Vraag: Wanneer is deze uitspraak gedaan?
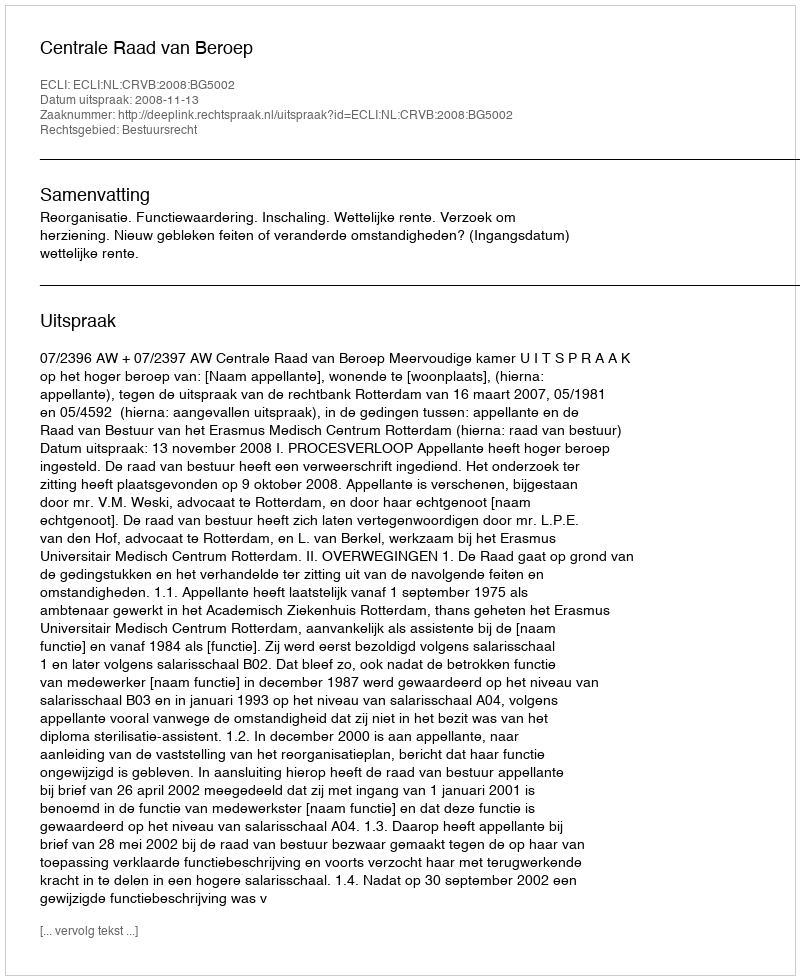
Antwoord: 2008-11-13